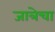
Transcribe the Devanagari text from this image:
जात्रेचा